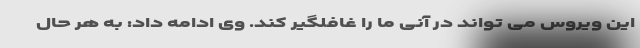
این ویروس می تواند در آنی ما را غافلگیر کند. وی ادامه داد: به هر حال